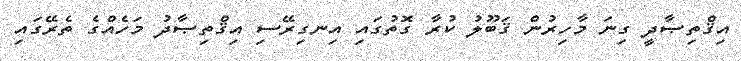
އިޤްތިޞާދީ ގިނަ މާހިރުން ޤަބޫލު ކުރާ ގޮތުގައި އިނގިރޭސި އިޤްތިޞާދު މަހެއްގެ ތެރޭގައި